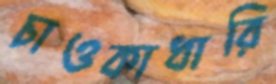
চাওকাধারি